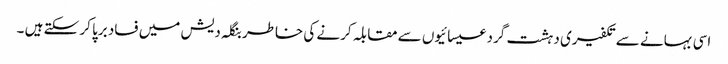
اسی بہانے سے تکفیری دہشت گرد عیسائیوں سے مقابلہ کرنے کی خاطر بنگلہ دیش میں فساد برپا کر سکتے ہیں ۔